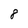
Character: 8